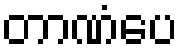
တာဏံပေ